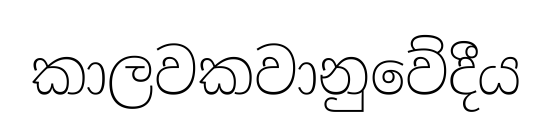
කාලවකවානුවේදීය